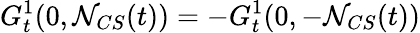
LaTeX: G_{t}^{1}(0,\mathcal{N}_{CS}(t))=-G_{t}^{1}(0,-\mathcal{N}_{CS}(t))